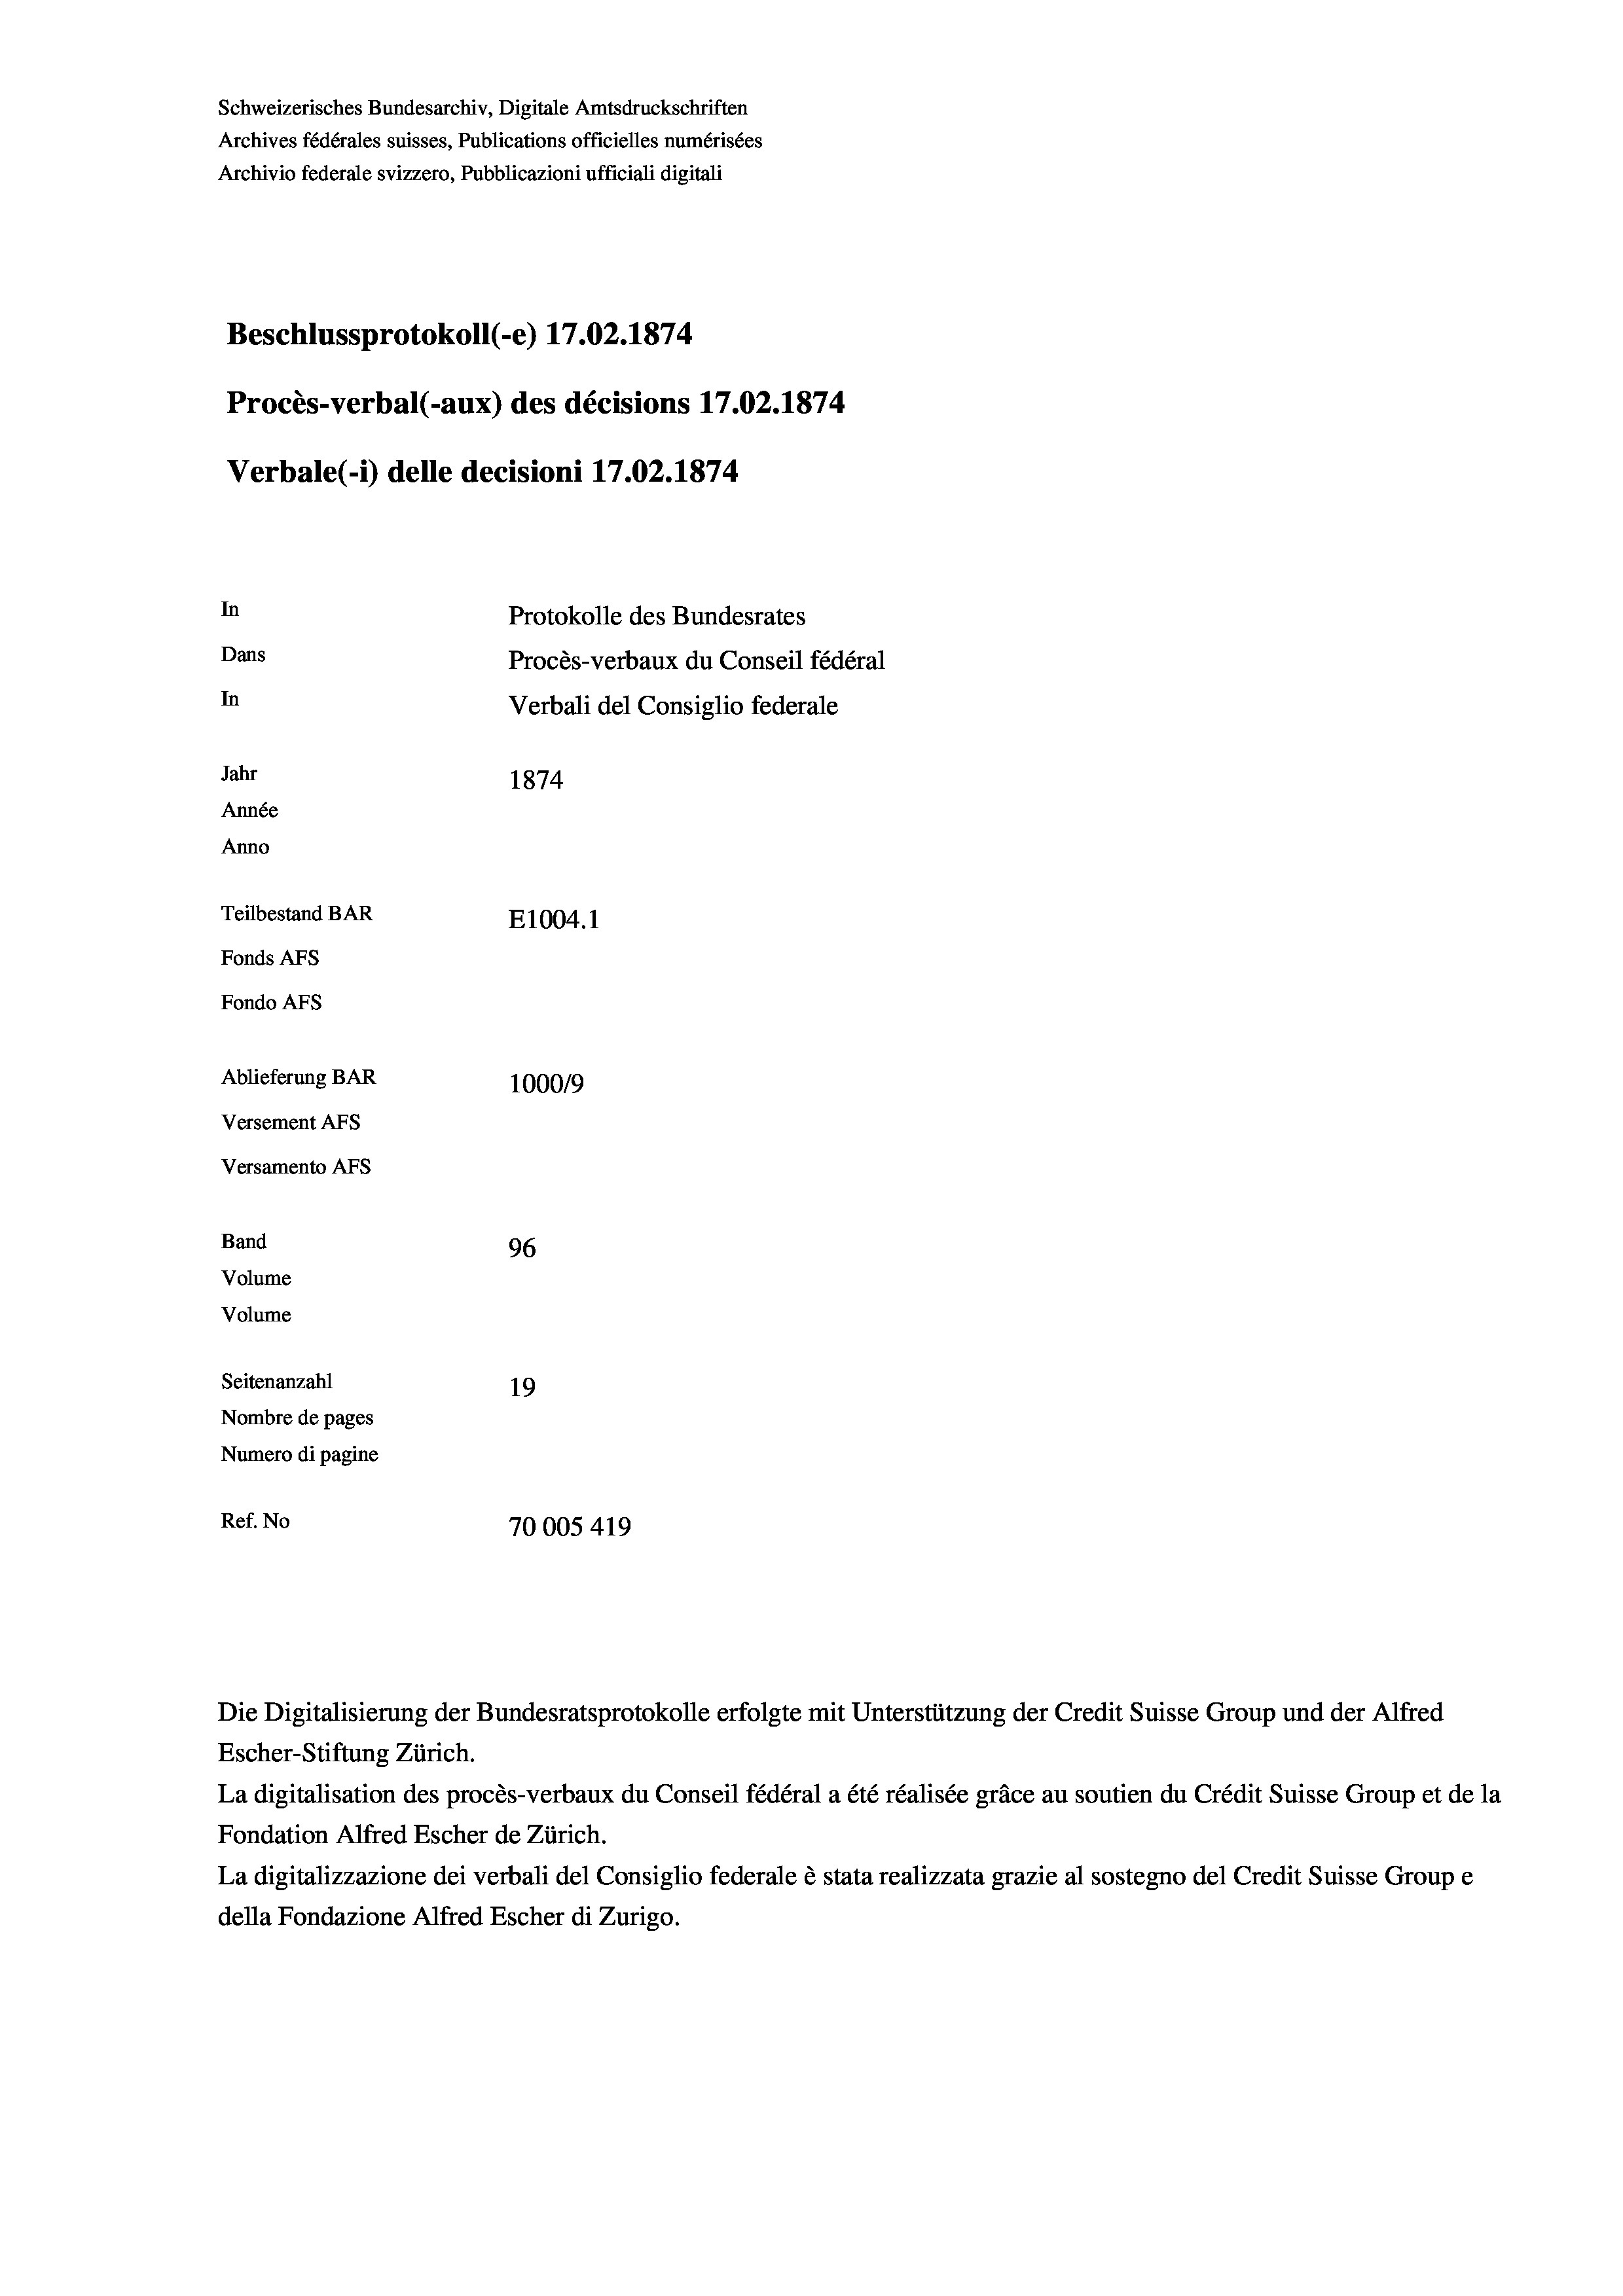
Schweizerisches Bundesarchiv, Digitale Amtsdruckschriften
Archives fédérales suisses, Publications officielles numérisées
Archivio federale svizzero, Pubblicazioni ufficiali digitali
Beschlussprotokoll (-e) 17.02. 1874
Procès-verbal (-aux) des décisions 17.02. 1874
Verbale (1) delle decisioni 17.02. 1874
In
Protokolle des Bundesrates
Dans
Procès-verbaux du Conseil fédéral
In
Verbali del Consiglio federale
Jahr
1874
Année
Anno
Teilbestand BAR
E1004. 1
Fonds AFs
Fondo AFs
Ablieferung BAR
100019
Versement Abs
Versamento Afs
Band
96
Volume
Volume
Seitenanzahl
19
Nombre de pages
Numero di pagine
Ref. No
70005 419

Escher-Stiftung Zürich.
La digitalisation des procès-verbaux du Conseil fédéral a été réalisée gräce au soutien du Crédit Suisse Group et de la
Fondation Alfred Escher de Zürich.
La digitalizzazione dei verbali del Consiglio federale è stata realizzata grazie al sostegno del Credit Suisse Groupe
della Fondazione Alfred Escher di Zurigo.

Die Digitalisierung der Bundesratsprotokolle erfolgte mit Unterstützung der Credit Suisse Group und der Alfred